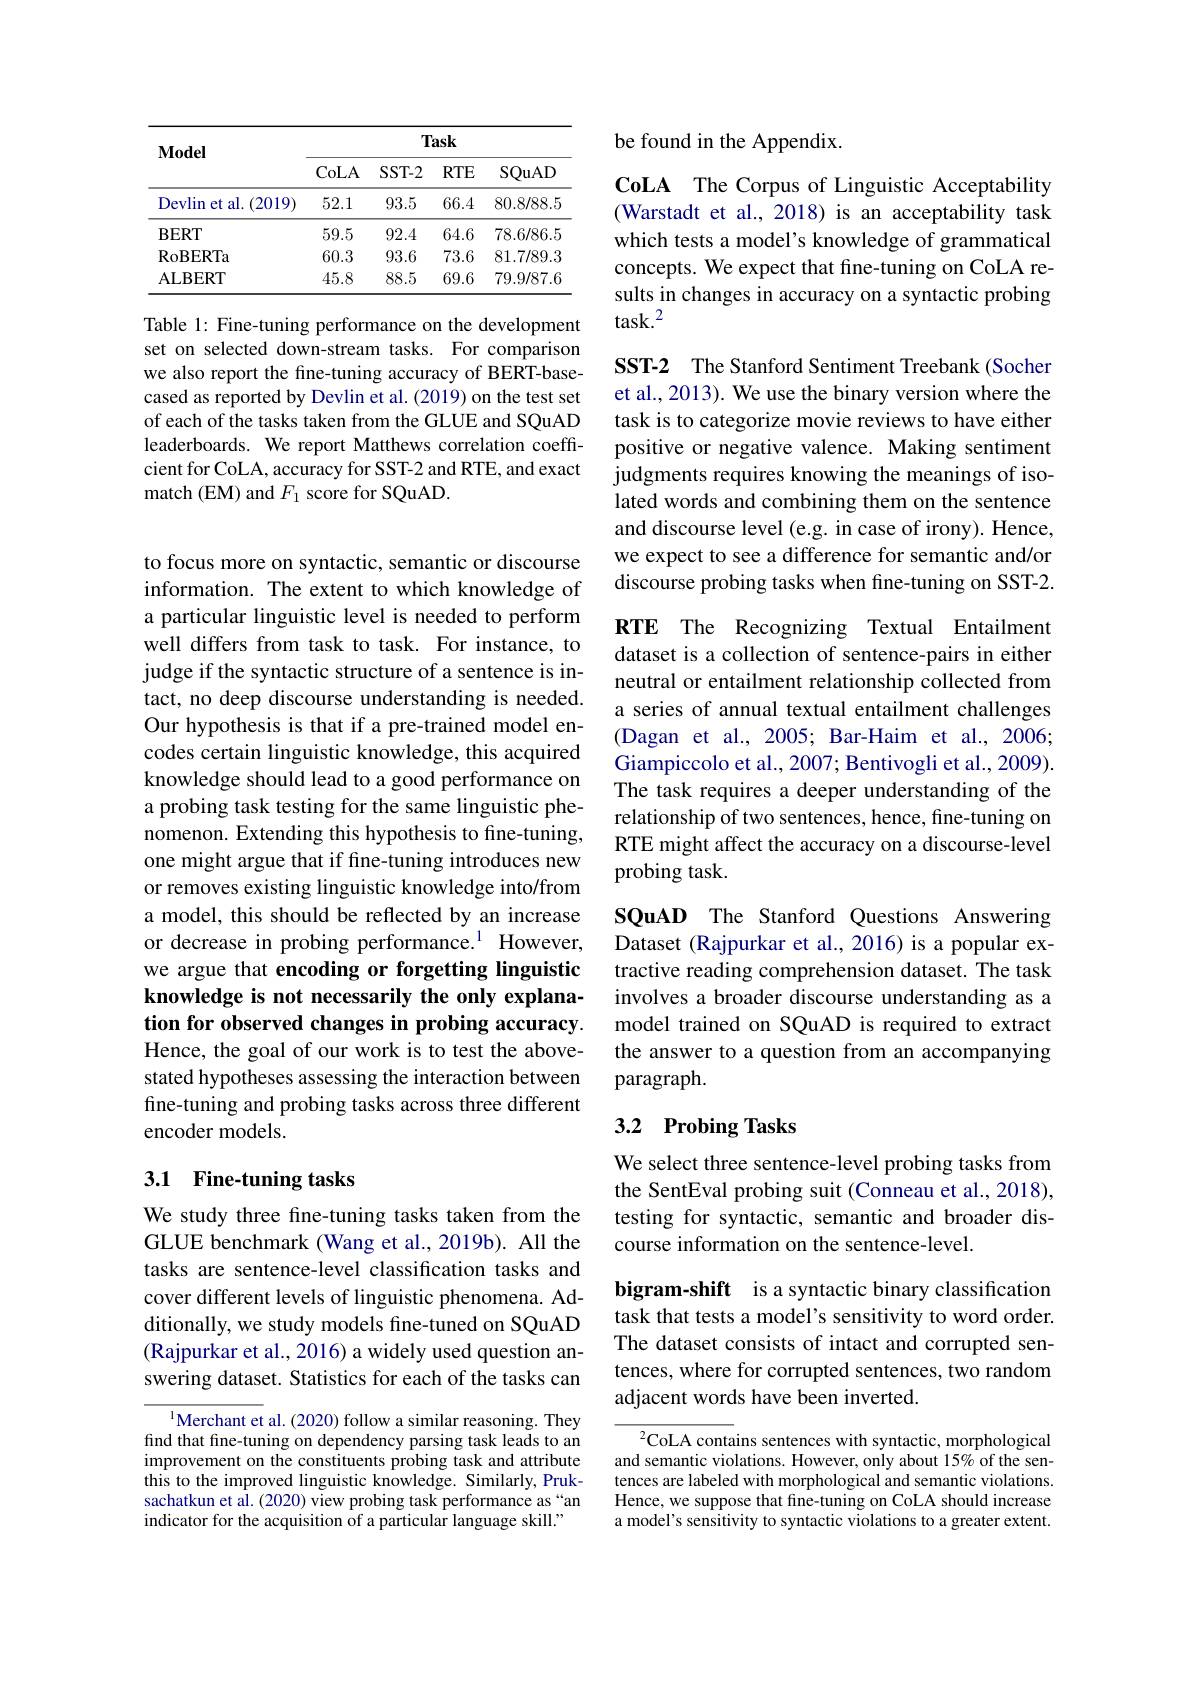
<table>
	<tbody>
		<tr>
			<th rowspan="2">$\mathbf{Model}$</th>
			<th colspan="4">Task</th>
		</tr>
		<tr>
			<th>CoLA</th>
			<th>$SST-2$</th>
			<th>$RTE$</th>
			<th>SQuAD</th>
		</tr>
		<tr>
			<td>Devlin et al. (2019)</td>
			<td>52.1</td>
			<td>93.5</td>
			<td>66.4</td>
			<td>80.8/88.5</td>
		</tr>
		<tr>
			<td>$\mathbf{BERT}$</td>
			<td>59.5</td>
			<td>92.4</td>
			<td>64.6</td>
			<td>78.6/86.5</td>
		</tr>
		<tr>
			<td>RoBERTa</td>
			<td>60.3</td>
			<td>93.6</td>
			<td>73.6</td>
			<td>81.7/89.3</td>
		</tr>
		<tr>
			<td>ALBERT</td>
			<td>45.8</td>
			<td>88.5</td>
			<td>69.6</td>
			<td>79.9/87.6</td>
		</tr>
	</tbody>
</table>

Table 1: Fine-tuning performance on the development set on selected down-stream tasks. For comparison we also report the fine-tuning accuracy of BERT-basecased as reported by Devlin et al.(2019) on the test set of each of the tasks taken from the GLUE and SQuAD leaderboards. We report Matthews correlation coeffcient for CoLA, accuracy for SST-2 and RTE, and exact match (EM) and $F_1$ score for SQuAD.

to focus more on syntactic, semantic or discourse information. The extent to which knowledge of a particular linguistic level is needed to perform well differs from task to task. For instance, to judge if the syntactic structure of a sentence is intact, no deep discourse understanding is needed. Our hypothesis is that if a pre-trained model encodes certain linguistic knowledge, this acquired knowledge should lead to a good performance on a probing task testing for the same linguistic phenomenon. Extending this hypothesis to fine-tuning, one might argue that if fine-tuning introduces new or removes existing linguistic knowledge into/from a model, this should be reflected by an increase or decrease in probing performance.$^{1}$ However, we argue that encoding or forgetting linguistic knowledge is not necessarily the only explanation for observed changes in probing accuracy. Hence, the goal of our work is to test the abovestated hypotheses assessing the interaction between fine-tuning and probing tasks across three different encoder models.

# 3.1 Fine-tuning tasks

We study three fine-tuning tasks taken from the GLUE benchmark (Wang et al., 2019b). All the tasks are sentence-level classification tasks and cover different levels of linguistic phenomena. Additionally, we study models fine-tuned on SQuAD (Rajpurkar et al., 2016) a widely used question answering dataset. Statistics for each of the tasks can

$^{1}$Merchant et al. (2020) follow a similar reasoning. They find that fine-tuning on dependency parsing task leads to an improvement on the constituents probing task and attribute this to the improved linguistic knowledge. Similarly, Pruksachatkun et al. (2020) view probing task performance as “an indicator for the acquisition of a particular language skill."

be found in the Appendix.

CoLA The Corpus of Linguistic Acceptability (Warstadt et al., 2018) is an acceptability task which tests a model's knowledge of grammatical concepts. We expect that fine-tuning on CoLA results in changes in accuracy on a syntactic probing task.$^2$

SST-2 The Stanford Sentiment Treebank (Socher et al., 2013). We use the binary version where the task is to categorize movie reviews to have either positive or negative valence. Making sentiment judgments requires knowing the meanings of isolated words and combining them on the sentence and discourse level (e.g. in case of irony). Hence, we expect to see a difference for semantic and/or discourse probing tasks when fine-tuning on SST-2.

RTE The Recognizing Textual Entailment dataset is a collection of sentence-pairs in either neutral or entailment relationship collected from a series of annual textual entailment challenges (Dagan et al., 2005; Bar-Haim et al., 2006; Giampiccolo et al., 2007; Bentivogli et al., 2009). The task requires a deeper understanding of the relationship of two sentences, hence, fine-tuning on RTE might affect the accuracy on a discourse-level probing task.

SQuAD The Stanford Questions Answering Dataset (Rajpurkar et al., 2016) is a popular extractive reading comprehension dataset. The task involves a broader discourse understanding as a model trained on SQuAD is required to extract the answer to a question from an accompanying paragraph.

## 3.2 Probing Tasks

We select three sentence-level probing tasks from the SentEval probing suit (Conneau et al., 2018), testing for syntactic, semantic and broader discourse information on the sentence-level.

bigram-shift is a syntactic binary classification task that tests a model's sensitivity to word order. The dataset consists of intact and corrupted sentences, where for corrupted sentences, two random adjacent words have been inverted.

${^{2}\mathrm{CoLA~contains~sentences~with~syntactic,~morphological}}$ and semantic violations. However, only about 15% of the sentences are labeled with morphological and semantic violations. Hence, we suppose that fine-tuning on CoLA should increase a model's sensitivity to syntactic violations to a greater extent.